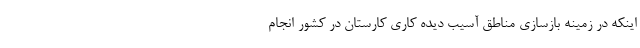
اینکه در زمینه بازسازی مناطق آسیب دیده کاری کارستان در کشور انجام